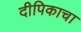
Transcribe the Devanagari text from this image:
दीपिकाचा